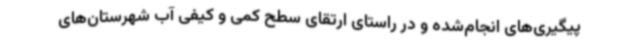
پیگیری‌های انجام‌شده و در راستای ارتقای سطح کمی و کیفی آب شهرستان‌های